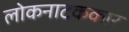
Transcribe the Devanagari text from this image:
लोकनाटककार